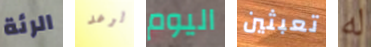
الرئة الرعد اليوم تعبثين له